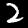
Label: 2